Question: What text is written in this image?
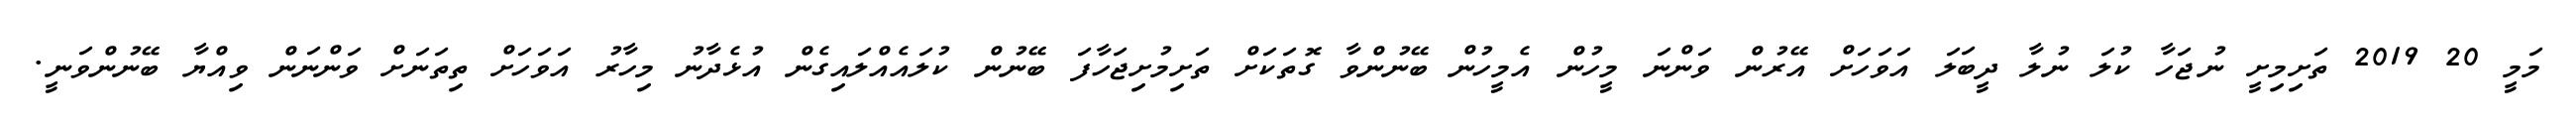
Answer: މަމީ 20 2019 ތަށިމިށީ ނުޖަހާ ކުލަ ނުލާ ދީބަލަ އަވަހަށް އޭރުން ވަންނަ މީހުން އެމީހުން ބޭނުންވާ ގޮތަކަށް ތަށިމުށިޖަހާފަ ބޭނުން ކުލައެއްލައިގެން އުޅެދާނު މިހާރު އަވަހަށް ތިތަނަށް ވަންނަން ވިއްޔާ ބޭނުންވަނީ.